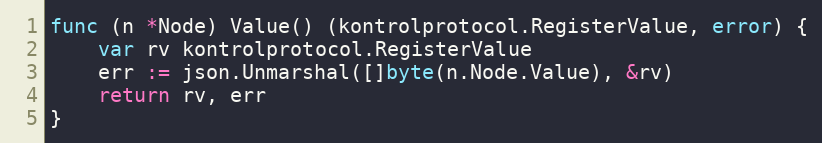
Language: Go
func (n *Node) Value() (kontrolprotocol.RegisterValue, error) {
	var rv kontrolprotocol.RegisterValue
	err := json.Unmarshal([]byte(n.Node.Value), &rv)
	return rv, err
}